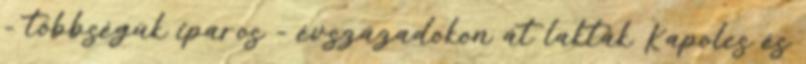
- többségük iparos - évszázadokon át lakták Kapolcs és